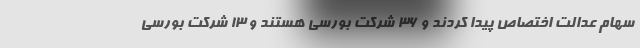
سهام عدالت اختصاص پیدا کردند و ۳۶ شرکت بورسی هستند و ۱۳ شرکت بورسی